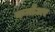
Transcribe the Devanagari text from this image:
कनौअर